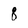
Character: 8